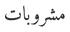
مشروبات